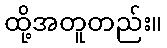
ထို့အတူတည်း။